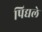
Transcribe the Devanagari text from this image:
पिद्यले